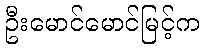
ဦးမောင်မောင်မြင့်က